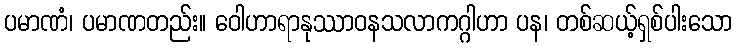
ပမာဏံ၊ ပမာဏတည်း။ ဝေါဟာရာနုဿာဝနသလာကဂ္ဂါဟာ ပန၊ တစ်ဆယ့်ရှစ်ပါးသော